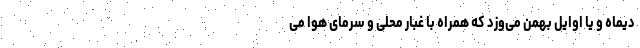
دیماه و یا اوایل بهمن می‌وزد که همراه با غبار محلی و سرمای هوا می